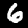
Digit: 6